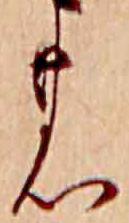
の